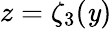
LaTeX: z=\zeta_{3}(\mathit{y})